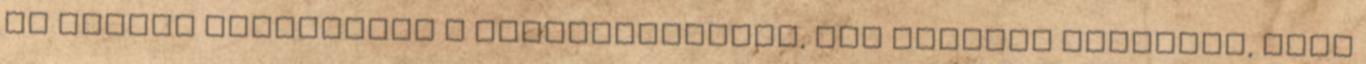
de amikor elolvastam a forgatókönyvet, azt mondtam magamnak, hogy